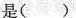
是( )